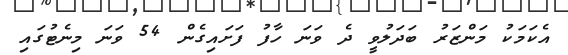
އެކަމަކު މަންޒަރު ބަދަލުވީ ދެ ވަނަ ހާފު ފަށައިގެން 54 ވަނަ މިނެޓުގައި